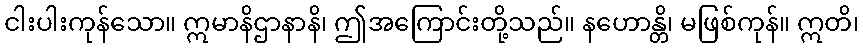
ငါးပါးကုန်သော။ ဣမာနိဌာနာနိ၊ ဤအကြောင်းတို့သည်။ နဟောန္တိ၊ မဖြစ်ကုန်။ ဣတိ၊